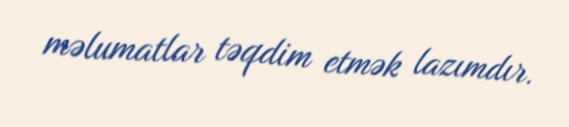
məlumatlar təqdim etmək lazımdır.